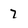
Character: 7